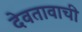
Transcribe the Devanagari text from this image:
देवतावाची